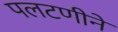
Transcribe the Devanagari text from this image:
पलटणीने